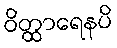
ဝိတ္ထာရေနပိ